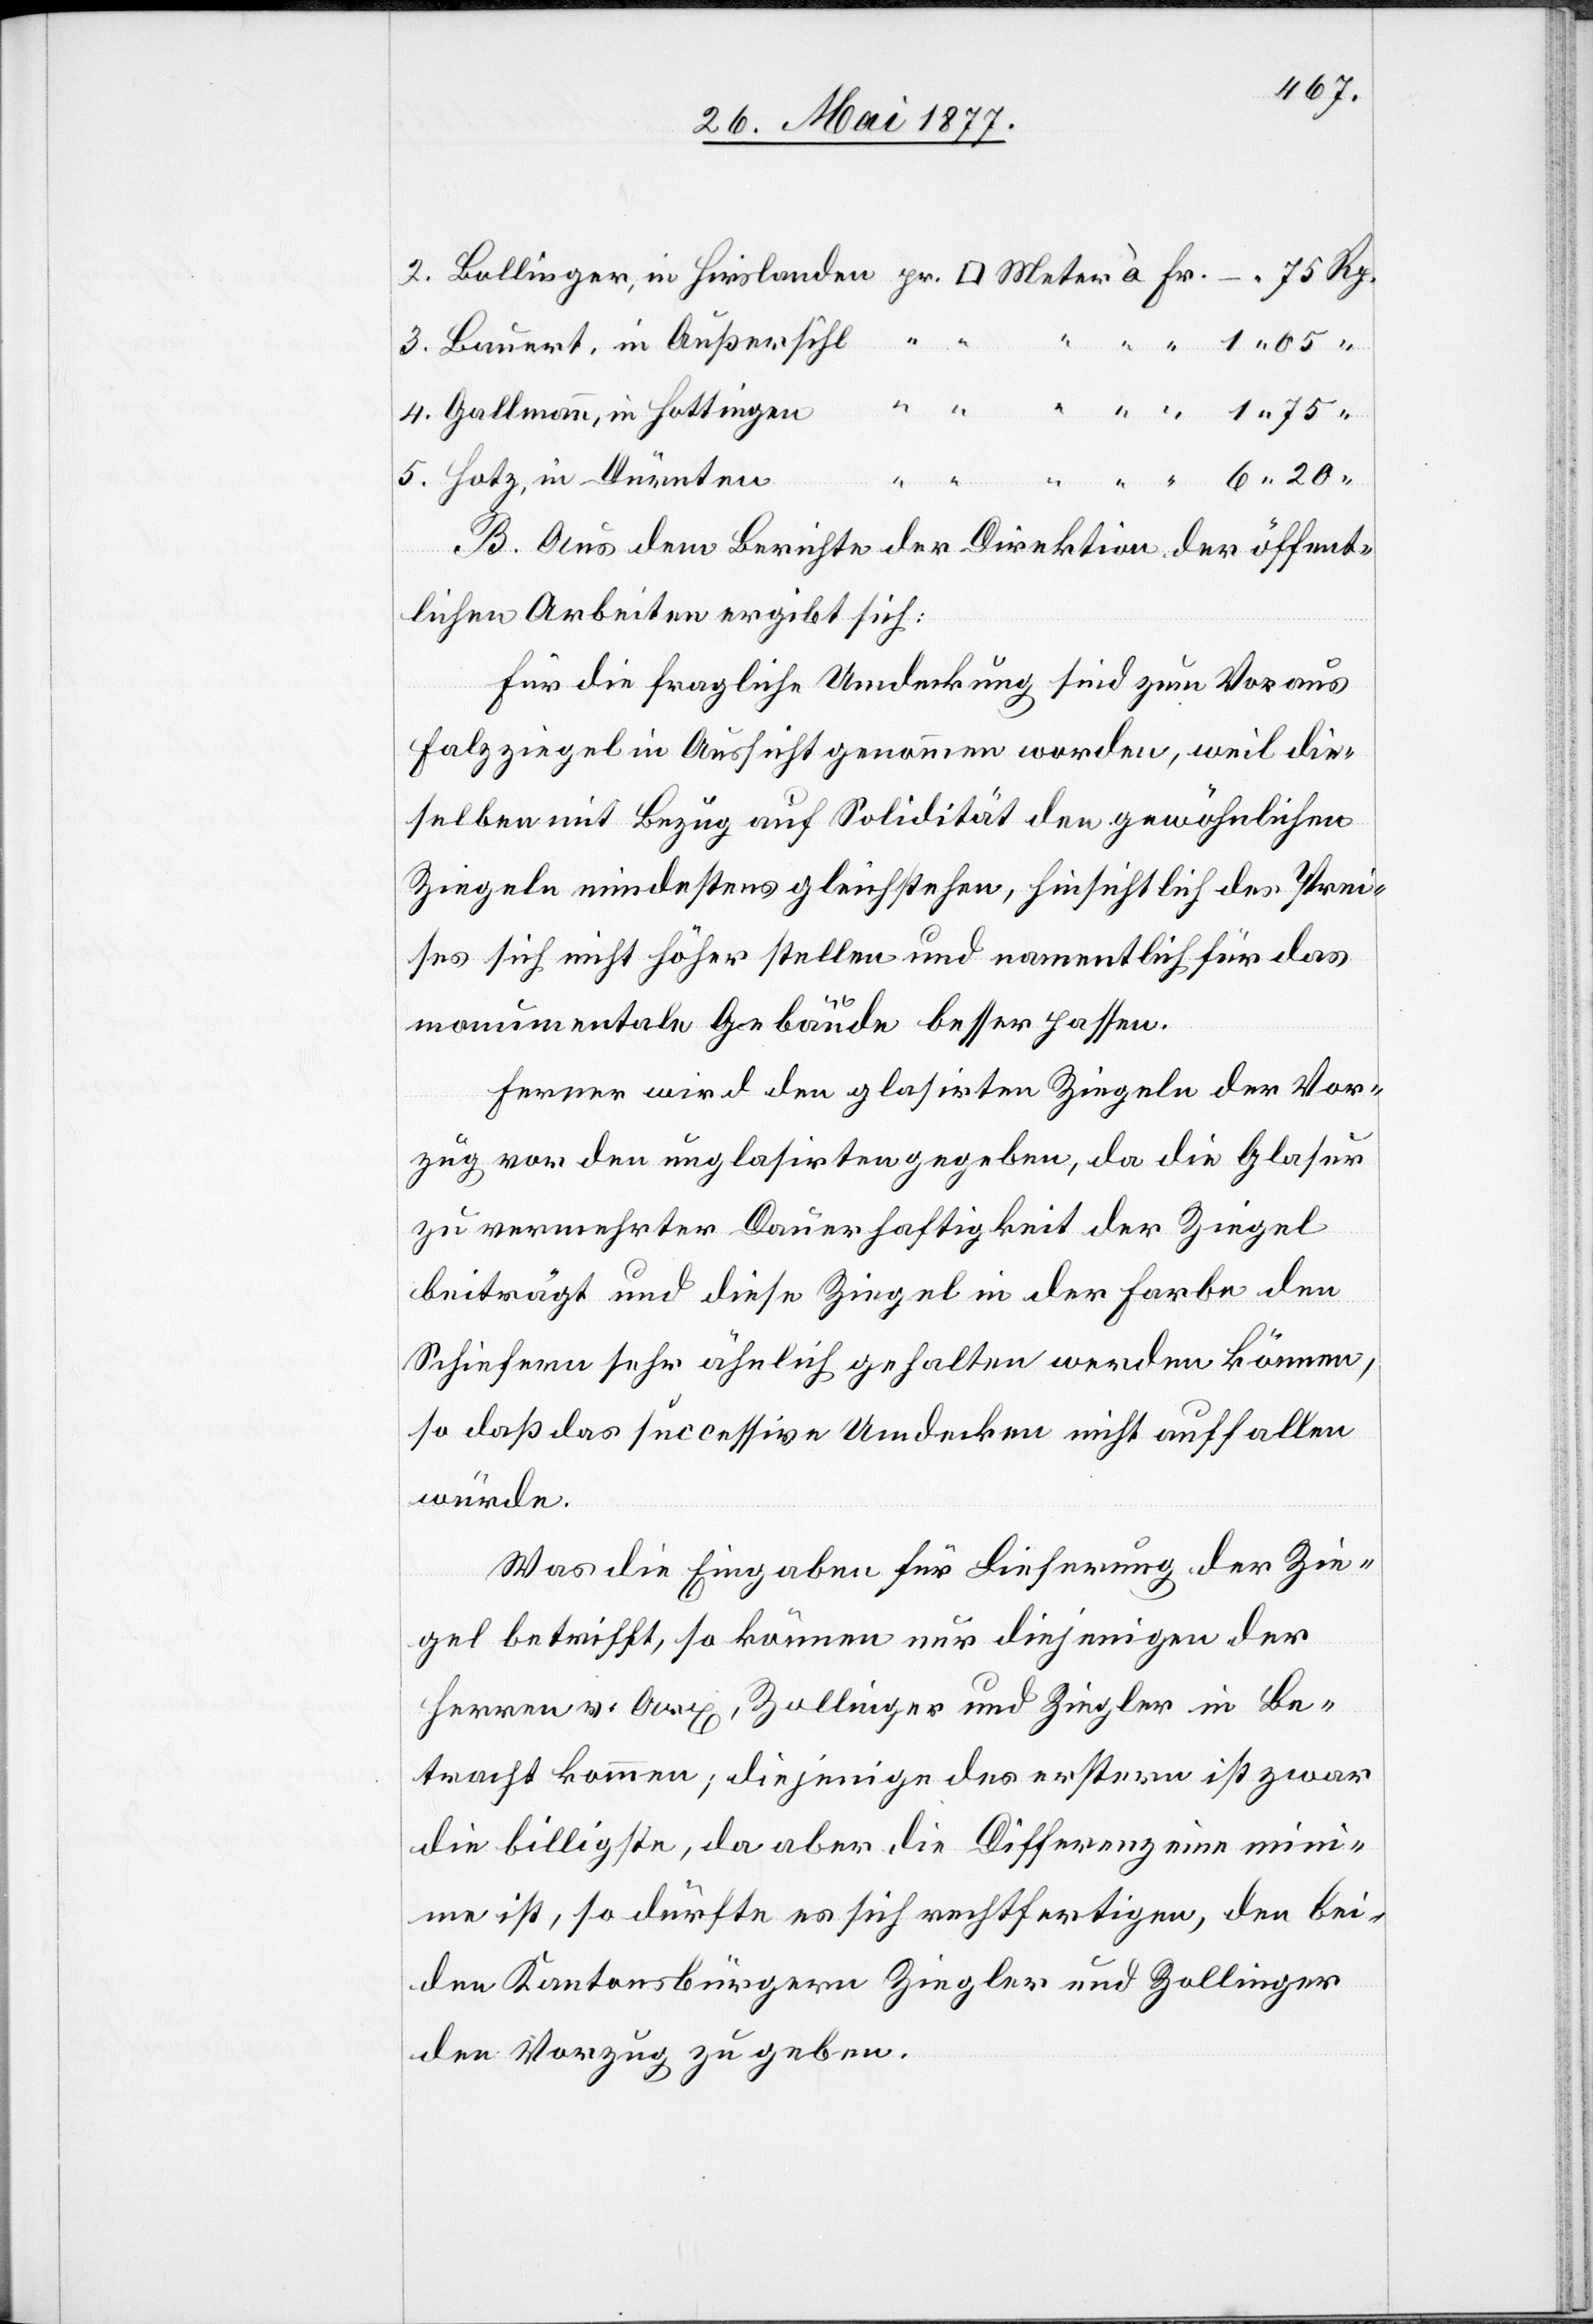
Gallmann, in Hottingen
Hotz, in Dürnten
B. Aus dem Berichte der Direktion der öffent¬
lichen Arbeiten ergibt sich:
Für die fragliche Umdeckung sind zum Voraus
Falzziegel in Aussicht genommen worden, weil die¬
selben mit Bezug auf Solidität den gewöhnlichen
Ziegeln mindestens gleichstehen, hinsichtlich des Prei¬
ses sich nicht höher stellen und namentlich für das
monumentale Gebäude besser passen.
Ferner wird den glasirten Ziegeln der Vor¬
zug vor den unglasirten gegeben, da die Glasur
zu vermehrter Dauerhaftigkeit der Ziegel
beiträgt und diese Ziegel in der Farbe den
Schiefern sehr ähnlich gehalten werden können,
so daß das successive Umdecken nicht auffallen
würde.
Was die Eingaben für Lieferungen der Zie¬
gel betrifft, so können nur diejenigen der
Herren v. Arx, Zollinger und Ziegler in Be¬
tracht kommen; diejenige des erstern ist zwar
die billigste, da aber die Differenz eine min¬
ime ist, so dürfte es sich rechtfertigen, den bei¬
den Kantonsbürgern Ziegler und Zollinger
den Vorzug zu geben.